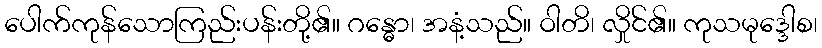
ပေါက်ကုန်သောကြည်းပန်းတို့၏။ ဂန္ဓော၊ အနံ့သည်။ ဝါတိ၊ လှိုင်၏။ ကုသမုဒ္ဒေါစ၊